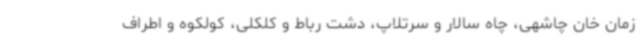
زمان خان چاشهی، چاه سالار و سرتلاپ، دشت رباط و کلکلی، کولکوه و اطراف